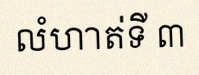
លំហាត់ទី ៣